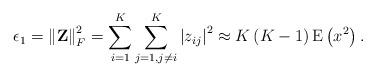
LaTeX: \begin{align*}\epsilon_1 = \left\| \mathbf{Z} \right\|_F^2 = \sum_{i=1}^K \sum_{j=1, j\neq i} ^K \left| z_{ij} \right|^2 \approx K\left(K - 1 \right)\mathrm{E}\left( x^2 \right).\end{align*}